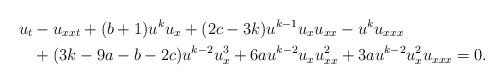
LaTeX: \begin{align*}u_t &-u_{xxt}+(b+1)u^ku_x+(2c-3k)u^{k-1}u_xu_{xx}-u^ku_{xxx} \\ &+(3k-9a-b-2c)u^{k-2}u_x^3+6au^{k-2}u_xu_{xx}^2+3au^{k-2}u_x^2u_{xxx}=0.\end{align*}